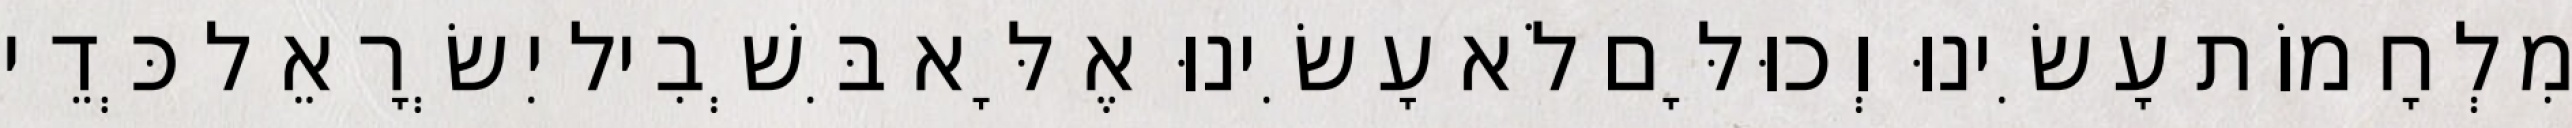
מִלְחָמוֹת עָשִׂינוּ וְכוּלָּם לֹא עָשִׂינוּ אֶלָּא בִּשְׁבִיל יִשְׂרָאֵל כְּדֵי